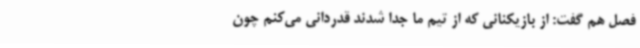
فصل هم گفت: از بازیکنانی که از تیم ما جدا شدند قدردانی می‌کنم چون